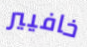
خافيير